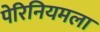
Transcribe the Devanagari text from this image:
पेरिनियमला